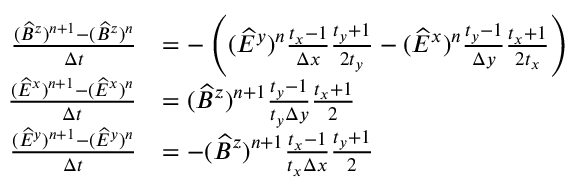
\begin{array} { r l } { \frac { ( \widehat B ^ { z } ) ^ { n + 1 } - ( \widehat B ^ { z } ) ^ { n } } { \Delta t } } & { = - \left( ( \widehat E ^ { y } ) ^ { n } \frac { t _ { x } - 1 } { \Delta x } \frac { t _ { y } + 1 } { 2 t _ { y } } - ( \widehat E ^ { x } ) ^ { n } \frac { t _ { y } - 1 } { \Delta y } \frac { t _ { x } + 1 } { 2 t _ { x } } \right) } \\ { \frac { ( \widehat E ^ { x } ) ^ { n + 1 } - ( \widehat E ^ { x } ) ^ { n } } { \Delta t } } & { = ( \widehat B ^ { z } ) ^ { n + 1 } \frac { t _ { y } - 1 } { t _ { y } \Delta y } \frac { t _ { x } + 1 } { 2 } } \\ { \frac { ( \widehat E ^ { y } ) ^ { n + 1 } - ( \widehat E ^ { y } ) ^ { n } } { \Delta t } } & { = - ( \widehat B ^ { z } ) ^ { n + 1 } \frac { t _ { x } - 1 } { t _ { x } \Delta x } \frac { t _ { y } + 1 } { 2 } } \end{array}